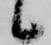
候